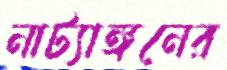
নাট্যাঙ্গনের